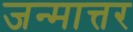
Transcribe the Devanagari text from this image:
जन्मात्तर